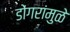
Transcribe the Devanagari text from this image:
डोंगरांमुळे